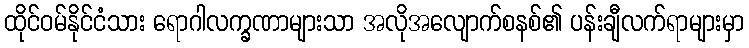
ထိုင်ဝမ်နိုင်ငံသား ရောဂါလက္ခဏာများသာ အလိုအလျောက်စနစ်၏ ပန်းချီလက်ရာများမှာ